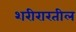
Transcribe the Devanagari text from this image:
शरीरारतील